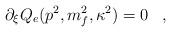
LaTeX: \begin{align*} \partial_\xi Q_e (p^2, m_f^2 , \kappa^2 ) = 0 \; \; \; ,\end{align*}